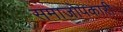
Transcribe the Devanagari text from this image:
समाजोपकारी